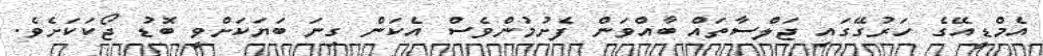
އެމްޑީއޭގެ ހަރުގޭގައި ޖަލްސާތައް ބާއްވަން ފެށުމުންވެސް އެކަން ގިނަ ބަޔަކަށްވީ ބޮޑު ޖޯކަކަށެވެ.